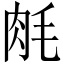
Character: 𬚱